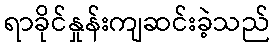
ရာခိုင်နှုန်းကျဆင်းခဲ့သည်